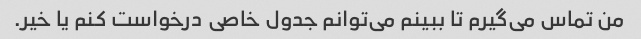
من تماس می‌گیرم تا ببینم می‌توانم جدول خاصی درخواست کنم یا خیر.